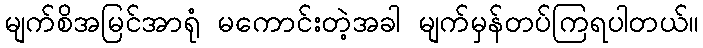
မျက်စိအမြင်အာရုံ မကောင်းတဲ့အခါ မျက်မှန်တပ်ကြရပါတယ်။